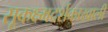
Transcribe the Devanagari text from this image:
सूकक्ष्मदर्शकाखाली